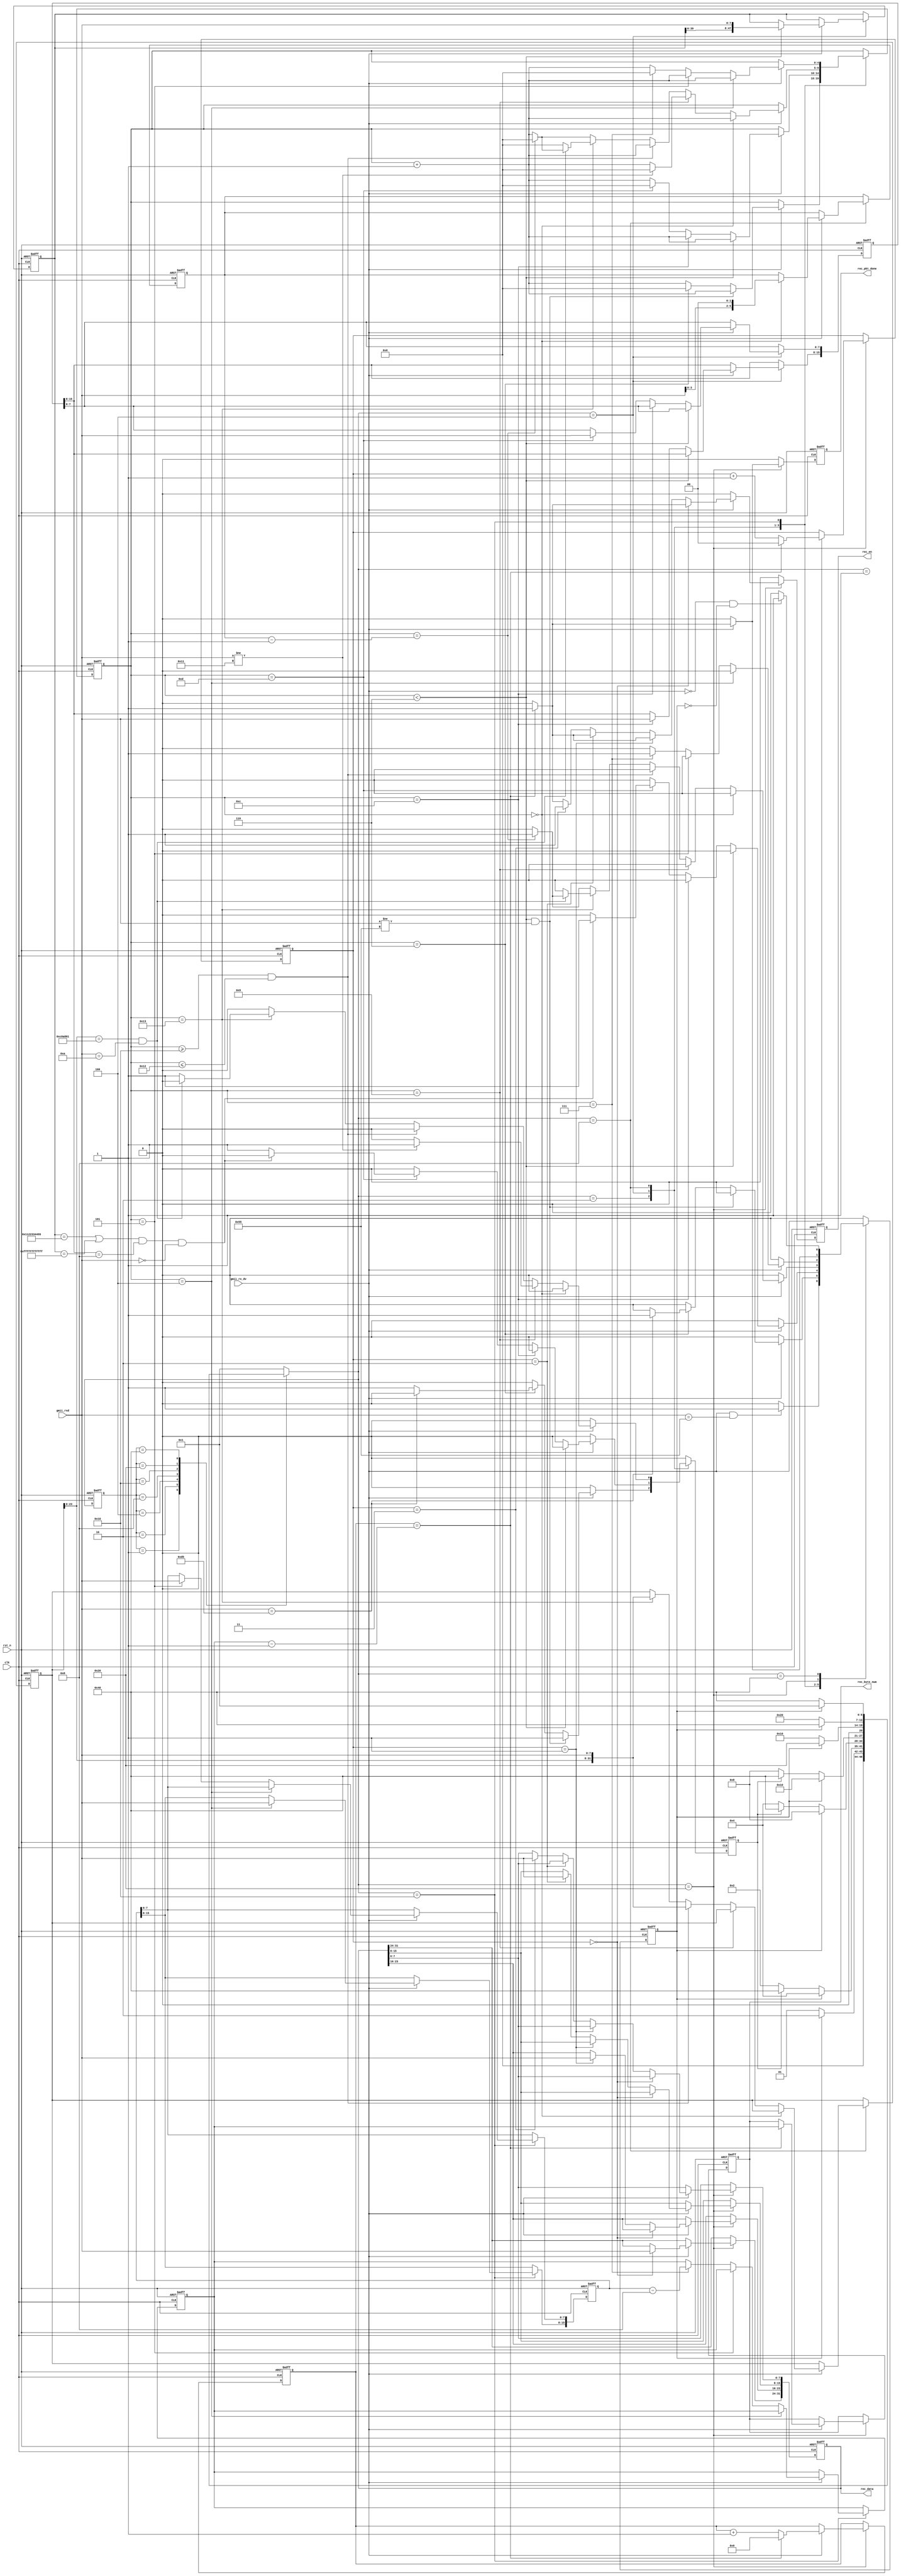
`timescale 1ns / 1ps
//////////////////////////////////////////////////////////////////////////////////
// Company:  BIT
// 
// Design Name: 
// Module Name: udp_rx
// Project Name: 
// Target Devices: 
// Tool Versions: 
// Description: 
// 
// Dependencies: 
// 
// Revision:
// Revision 0.01 - File Created
// Additional Comments:
// 
//////////////////////////////////////////////////////////////////////////////////


module udp_rx(
     input                clk         ,    //
     input                rst_n       ,    //
     
     input                gmii_rx_dv  ,    //GMII
     input        [7:0]   gmii_rxd    ,    //GMII
     output  reg          rec_pkt_done,    //
     output  reg          rec_en      ,    //
     output  reg  [31:0]  rec_data    ,    //
     output  reg  [15:0]  rec_byte_num     // :byte   
    );
    
 //parameter define
//MAC 00-11-22-33-44-55
parameter BOARD_MAC = 48'h00_11_22_33_44_55; 
//IP 192.168.1.10 
parameter BOARD_IP = {8'd192,8'd168,8'd1,8'd10};
 
localparam  st_idle     = 7'b000_0001; //
localparam  st_preamble = 7'b000_0010; // 
localparam  st_eth_head = 7'b000_0100; //
localparam  st_ip_head  = 7'b000_1000; //IP
localparam  st_udp_head = 7'b001_0000; //UDP
localparam  st_rx_data  = 7'b010_0000; //
localparam  st_rx_end   = 7'b100_0000; //

localparam  ETH_TYPE    = 16'h0800   ; // IP
localparam  UDP_TYPE    = 8'd17      ; //UDP

//reg define
reg  [6:0]   cur_state       ;
reg  [6:0]   next_state      ;
                             
reg          skip_en         ; //
reg          error_en        ; //
reg  [4:0]   cnt             ; //
reg  [47:0]  des_mac         ; //MAC
reg  [15:0]  eth_type        ; //
reg  [31:0]  des_ip          ; //IP
reg  [5:0]   ip_head_byte_num; //IP
reg  [15:0]  udp_byte_num    ; //UDP
reg  [15:0]  data_byte_num   ; //
reg  [15:0]  data_cnt        ; //    
reg  [1:0]   rec_en_cnt      ; //8bit32bit

//*****************************************************
//**                    main code
//*****************************************************

//()
always @(posedge clk or negedge rst_n) begin
    if(!rst_n)
        cur_state <= st_idle;  
    else
        cur_state <= next_state;
end

//
always @(*) begin
    next_state = st_idle;
    case(cur_state)
        st_idle : begin                                     //
            if(skip_en) 
                next_state = st_preamble;
            else
                next_state = st_idle;    
        end
        st_preamble : begin                                 //
            if(skip_en) 
                next_state = st_eth_head;
            else if(error_en) 
                next_state = st_rx_end;    
            else
                next_state = st_preamble;    
        end
        st_eth_head : begin                                 //
            if(skip_en) 
                next_state = st_ip_head;
            else if(error_en) 
                next_state = st_rx_end;
            else
                next_state = st_eth_head;           
        end  
        st_ip_head : begin                                  //IP
            if(skip_en)
                next_state = st_udp_head;
            else if(error_en)
                next_state = st_rx_end;
            else
                next_state = st_ip_head;       
        end 
        st_udp_head : begin                                 //UDP
            if(skip_en)
                next_state = st_rx_data;
            else
                next_state = st_udp_head;    
        end                
        st_rx_data : begin                                  //
            if(skip_en)
                next_state = st_rx_end;
            else
                next_state = st_rx_data;    
        end                           
        st_rx_end : begin                                   //
            if(skip_en)
                next_state = st_idle;
            else
                next_state = st_rx_end;          
        end
        default : next_state = st_idle;
    endcase                                          
end     
  
//,
always @(posedge clk or negedge rst_n) begin
    if(!rst_n) begin
        skip_en <= 1'b0;
        error_en <= 1'b0;
        cnt <= 5'd0;
        des_mac <= 48'd0;
        eth_type <= 16'd0;
        des_ip <= 32'd0;
        ip_head_byte_num <= 6'd0;
        udp_byte_num <= 16'd0;
        data_byte_num <= 16'd0;
        data_cnt <= 16'd0;
        rec_en_cnt <= 2'd0;
        rec_en <= 1'b0;
        rec_data <= 32'd0;
        rec_pkt_done <= 1'b0;
        rec_byte_num <= 16'd0;
         
    end
    else begin
        skip_en <= 1'b0;
        error_en <= 1'b0;  
        rec_en <= 1'b0;
        rec_pkt_done <= 1'b0;
        case(next_state)
               st_idle : begin
                if((gmii_rx_dv == 1'b1) && (gmii_rxd == 8'h55)) 
                    skip_en <= 1'b1;
                 end
                 
               st_preamble : begin
                if(gmii_rx_dv) begin                         //
                    cnt <= cnt + 5'd1;
                    if((cnt < 5'd6) && (gmii_rxd != 8'h55))  //78'h55  
                        error_en <= 1'b1;
                    else if(cnt==5'd6) begin
                        cnt <= 5'd0;
                        if(gmii_rxd==8'hd5)                  //18'hd5
                            skip_en <= 1'b1;
                        else
                            error_en <= 1'b1;    
                         end  
                    end  
               end
              
           st_eth_head : begin
                if(gmii_rx_dv) begin
                    cnt <= cnt + 5'b1;
                    if(cnt < 5'd6) 
                        des_mac <= {des_mac[39:0],gmii_rxd};
                    else if(cnt == 5'd12) 
                        eth_type[15:8] <= gmii_rxd;          //
                    else if(cnt == 5'd13) begin
                        eth_type[7:0] <= gmii_rxd;
                        cnt <= 5'd0;
                        //MACMAC
                     if(((des_mac == BOARD_MAC) ||(des_mac == 48'hff_ff_ff_ff_ff_ff))
                    && eth_type[15:8] == ETH_TYPE[15:8] && gmii_rxd == ETH_TYPE[7:0])      
                            skip_en <= 1'b1; 
                        else
                            error_en <= 1'b1;                       
                    end        
                end  
            end
            
             st_ip_head : begin
                if(gmii_rx_dv) begin                         //
                    cnt <= cnt + 5'd1;
                    if(cnt == 0)
                        ip_head_byte_num <= {gmii_rxd[3:0],2'd0};  //IP 
                     else if(cnt == 5'd9) begin
                        if(gmii_rxd != UDP_TYPE) begin
                            //UDP                        
                            error_en <= 1'b1;               
                            cnt <= 5'd0;                        
                        end
                      end            
                     else if((cnt >= 5'd16) && (cnt <= 5'd18))
                        des_ip <= {des_ip[23:0],gmii_rxd};         //IP
                     else if(cnt == 5'd19) begin
                        des_ip <= {des_ip[23:0],gmii_rxd};  
                        //IPIP
                        if((des_ip[23:0] == BOARD_IP[31:8])
                            && (gmii_rxd == BOARD_IP[7:0])) begin  
                             if( cnt == ip_head_byte_num - 1'b1 )begin
                                    skip_en <= 1'b1; 
                                    cnt <= 0;
                             end
                        end
                        else  begin   
                                    error_en <= 1'b1;  
                                    cnt <= 0;   
                        end                           
                   end 
                    else if(cnt == ip_head_byte_num - 1'b1 ) begin
                               skip_en <= 1'b1; 
                               cnt <= 0;                              
                   end                  
                end               
           end
             
           st_udp_head : begin
                if(gmii_rx_dv) begin
                    cnt <= cnt + 5'd1;
                    if(cnt == 5'd4)
                       udp_byte_num[15:8] <= gmii_rxd;      //UDP 
                   else if(cnt == 5'd5)
                       udp_byte_num[7:0] <= gmii_rxd;
                    else if(cnt == 5'd7)begin
                       data_byte_num <= udp_byte_num - 16'd8;
                       skip_en <= 1'b1; 
                       cnt <= 5'd0;
                    end  
                end                 
            end          
           
            st_rx_data : begin       
               if(gmii_rx_dv) begin
                    data_cnt <= data_cnt + 16'd1;
                    rec_en_cnt <= rec_en_cnt + 2'd1;
                    if(data_cnt == data_byte_num - 16'd1)begin    //
                          skip_en <= 1'b1;   
                          data_cnt <= 0;
                          rec_en_cnt <= 0;
                          rec_pkt_done <= 1'b1;
                          rec_en <= 1'b1;   
                          rec_byte_num <= data_byte_num; 
                    end
                   if(rec_en_cnt == 2'd0)
                        rec_data[31:24] <= gmii_rxd;
                    else if(rec_en_cnt == 2'd1)
                        rec_data[23:16] <= gmii_rxd;
                    else if(rec_en_cnt == 2'd2) 
                        rec_data[15:8] <= gmii_rxd;        
                    else if(rec_en_cnt==2'd3) begin
                        rec_en <= 1'b1;
                        rec_data[7:0] <= gmii_rxd;
                    end                  
               end          
         end 
            
          st_rx_end: begin
             if(gmii_rx_dv == 1'b0 && skip_en == 1'b0)
                    skip_en <= 1'b1; 
            end                                
            default : ;
        endcase                                                        
    end
end  
    
endmodule